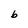
Character: b